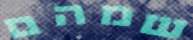
שמהם